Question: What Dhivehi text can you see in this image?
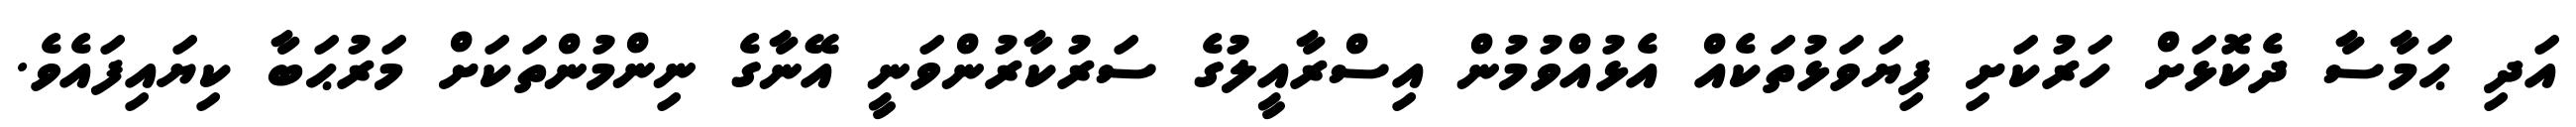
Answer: އަދި ޙަމާސާ ދެކޮޅަށް ހަރުކަށި ފިޔަވަޅުތަކެއް އެޅުއްވުމުން އިސްރާއީލުގެ ސަރުކާރުންވަނީ އޭނާގެ ނިންމުންތަކަށް މަރުޙަބާ ކިޔައިފައެވެ.